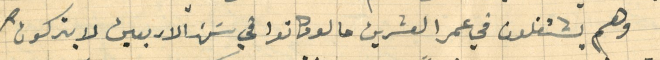
وهم يشتغلون في عمر العشرين ما لو كانوا في سَن الاربعين لا يتركون